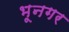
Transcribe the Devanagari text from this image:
भूनगर